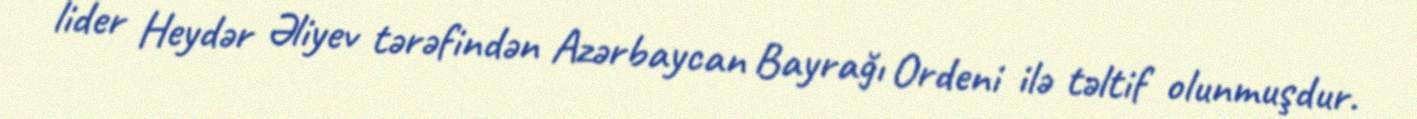
lider Heydər Əliyev tərəfindən Azərbaycan Bayrağı Ordeni ilə təltif olunmuşdur.